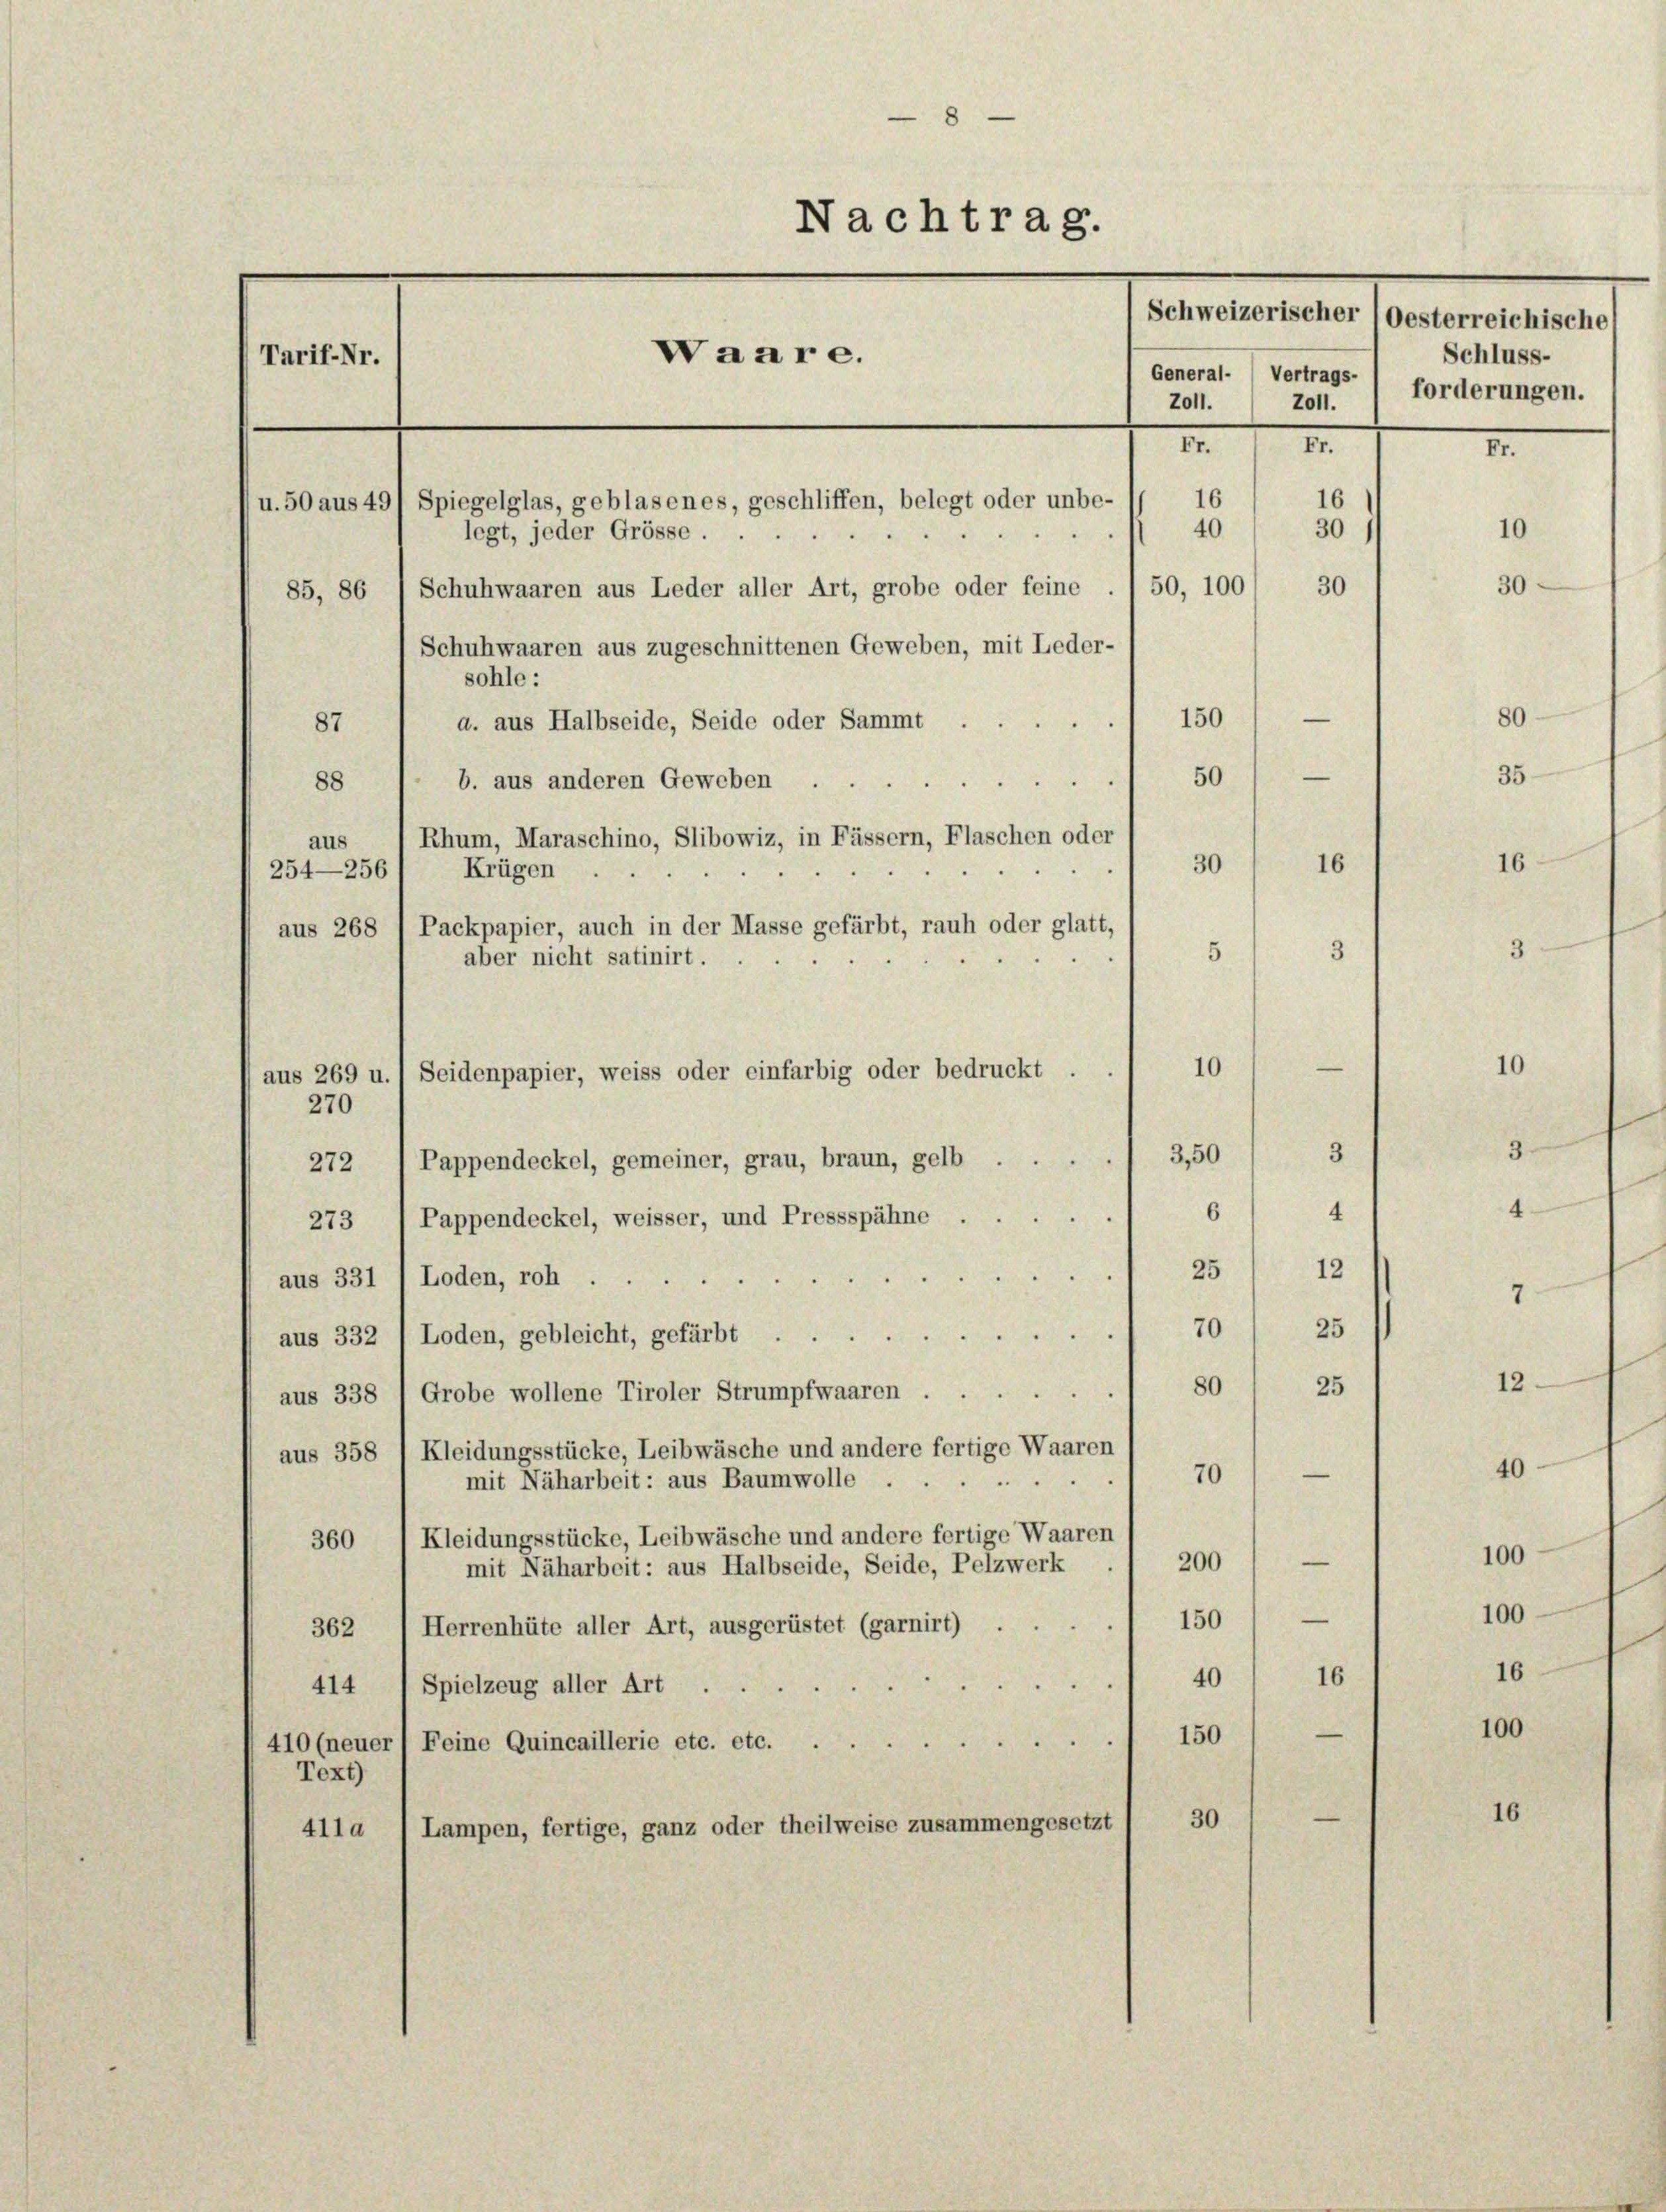
8
Nachtrag.
Waare.
Tarif-Nr.
Z011.
Zoll.
Fr.
Fr.
16
16
u. 50 aus 49) Spiegelglas, geblasenes, geschliffen, belegt oder unbe-
40
30
10
legt, jeder Grösse.
30
50, 100
30
Schuhwaaren aus Leder aller Art, grobe oder feine
85, 86
Schuhwaaren aus zugeschnittenen Geweben, mit Leder-
sohle:
—
150
80
d. aus Halbseide, Seide oder Sammt.
87
35
—
50
88
b. aus anderen Geweben
Rhum, Maraschino, Slibowiz, in Fässern, Flaschen oder
aus
16
30
16
Krügen
254—256

aus 268
5
aus 269 u. / Seidenpapier, weiss oder einfarbig oder bedruckt .
270
Pappendeckel, gemeiner, grau, braun, gelb ...
272
273, 1 Pappendeckel, weisser, und Pressspähne
aus 331 1 Loden, roh.
aus 332 / Loden, gebleicht, gefärbt
.
aus 338 1 Grobe wollene Tiroler Strumpfwaaren.
aus 358 / Kleidungsstücke, Leibwäsche und andere fertige Waaren
. .
mit Naharbeit: aus Baumwolle
Kleidungsstücke, Leibwäsche und andere fertige Waaren
360
200
mit Näharbeit: aus Halbseide, Seide, Pelzwerk
Herrenhüte aller Art, ausgerüstet (garnirt)
362
414 (Spielzeug aller Art.
150
410 (neuer Feine Quincaillerie etc. etc.
Text)
Lampen, fertige, ganz oder theilweise zusammengesetzt ( 30
411a

Packpapier, auch in der Masse gefärbt, rauh oder glatt,
aber nicht satinirt.

25
70
80
70

3,50

10

6

3

12

25
25

—
1501—
40/ 16
—

Schweizerischer (oesterreichische
Schluss.
General- Vertrags- ) forderungen.

II.

10

3

4

40

100

100

16

100

16

12